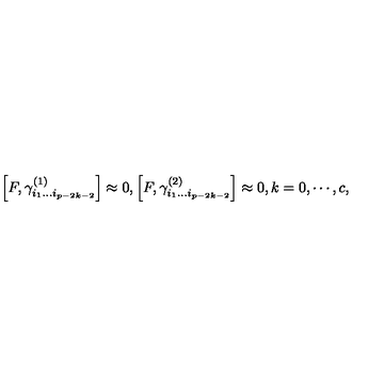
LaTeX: \left[ F , \gamma _ { i _ { 1 } \ldots i _ { p - 2 k - 2 } } ^ { ( 1 ) } \right] \approx 0 , \left[ F , \gamma _ { i _ { 1 } \ldots i _ { p - 2 k - 2 } } ^ { ( 2 ) } \right] \approx 0 , k = 0 , \cdots , c ,